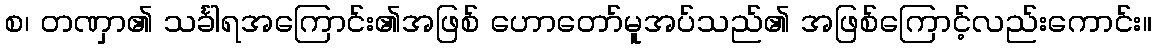
စ၊ တဏှာ၏ သင်္ခါရအကြောင်း၏အဖြစ် ဟောတော်မူအပ်သည်၏ အဖြစ်ကြောင့်လည်းကောင်း။